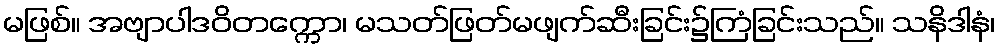
မဖြစ်။ အဗျာပါဒဝိတက္ကော၊ မသတ်ဖြတ်မဖျက်ဆီးခြင်း၌ကြံခြင်းသည်။ သနိဒါနံ၊